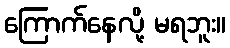
ကြောက်နေလို့ မရဘူး။